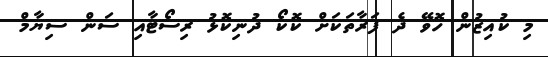
މި ކުއިޒުން ހޮވޭ ދެ ފަރާތަކަށް ކޮކޯ ދުނިކޮޅު ރިސޯޓާއި ސަން ސިޔާމް